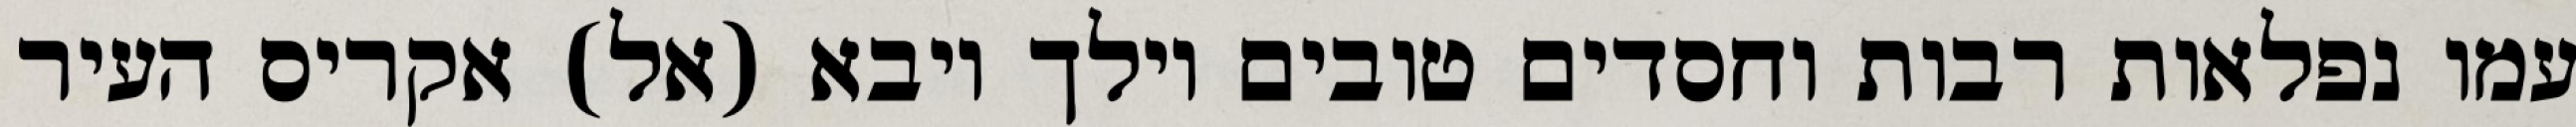
עמו נפלאות רבות וחסדים טובים וילך ויבא (אל) אקריס העיר